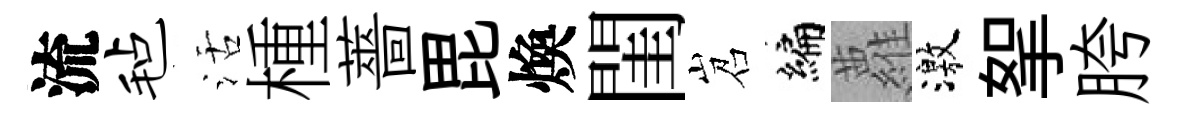
流毡活㮔薔毘煥閨岧编蘿激挐胯